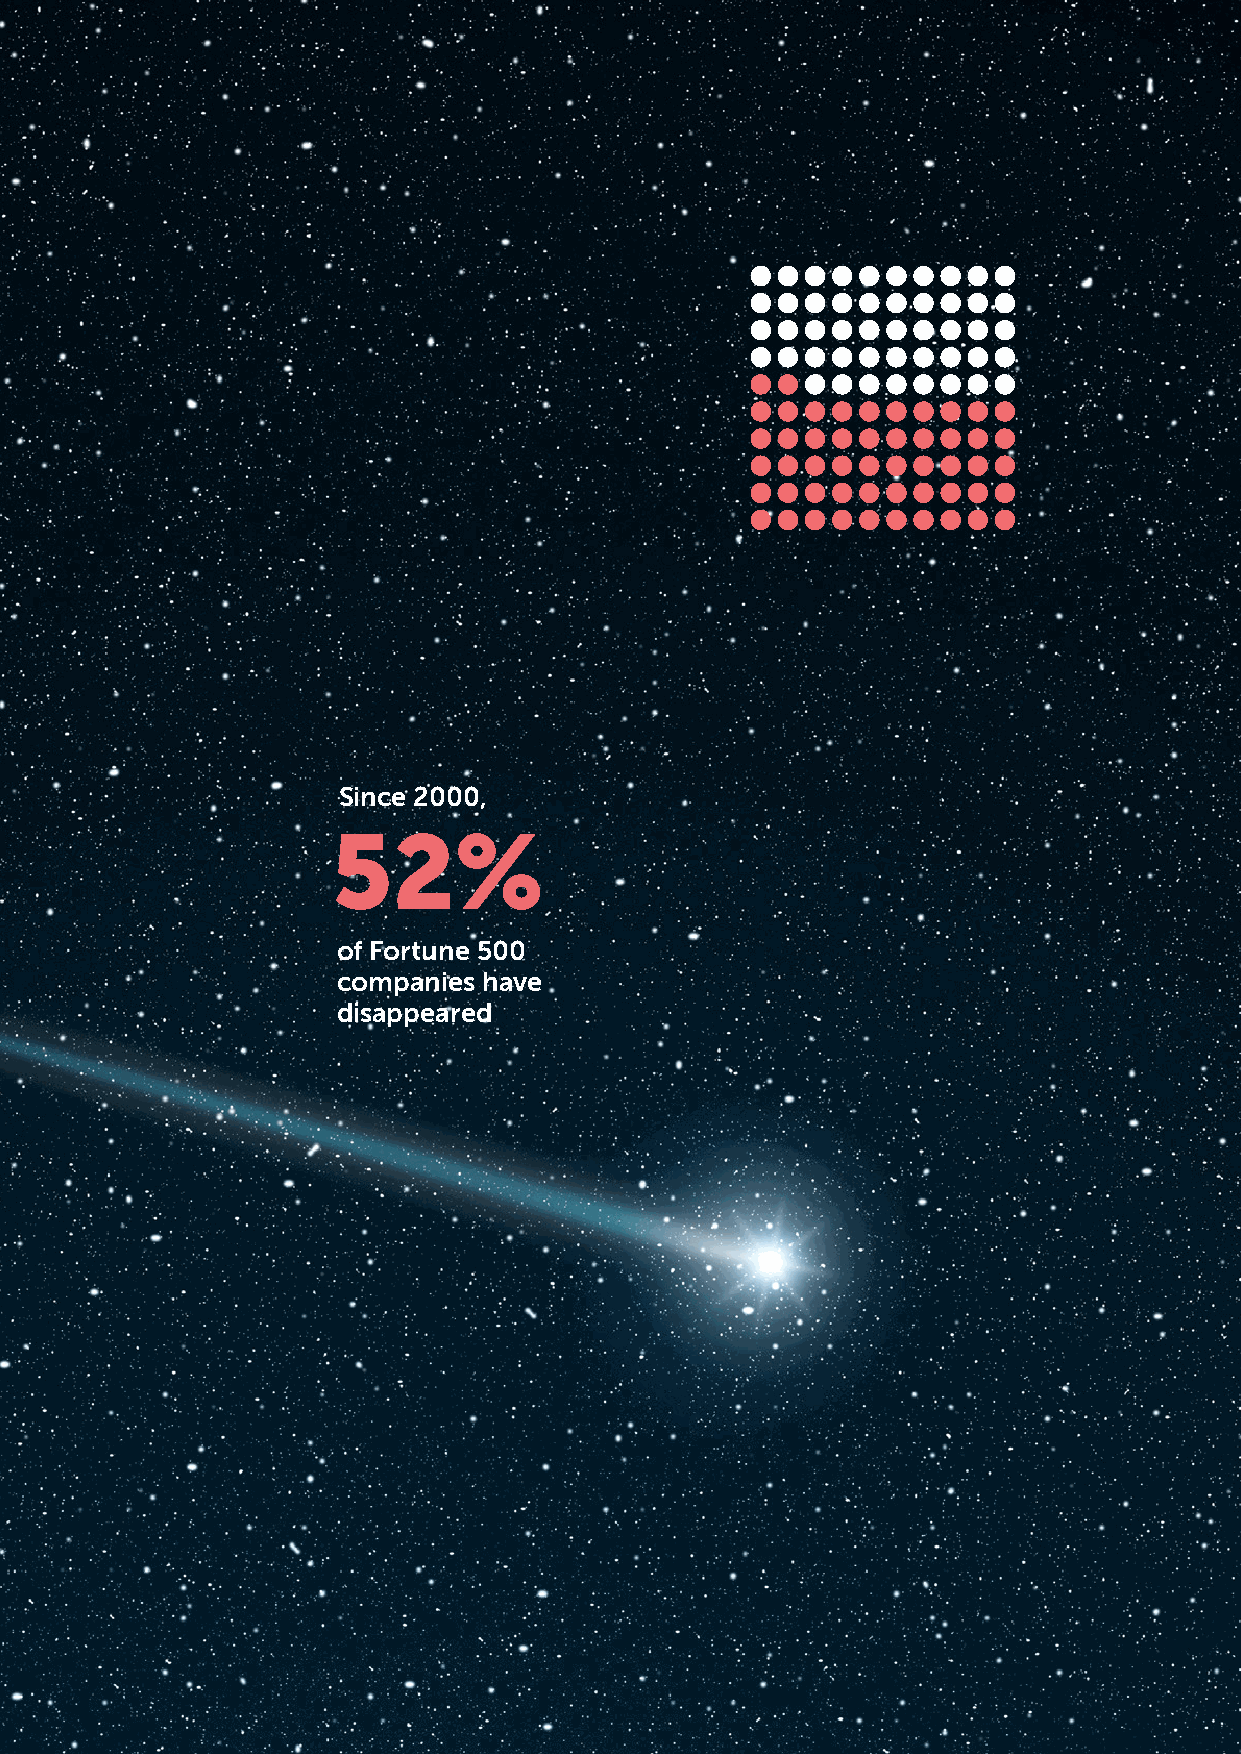
Since 2000,
 52%
 of Fortune 500
 companies have
 disappeared
 STANFORD CCARE SESIL PIR CONSULTING     ©2019 Sesil Pir Consulting GmbH. All Rights Reserved. 2